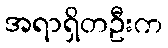
အရာရှိတဦးက